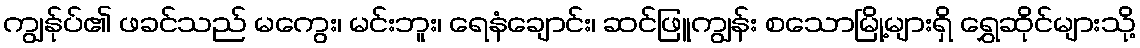
ကျွန်ုပ်၏ ဖခင်သည် မကွေး၊ မင်းဘူး၊ ရေနံချောင်း၊ ဆင်ဖြူကျွန်း စသောမြို့များရှိ ရွှေဆိုင်များသို့